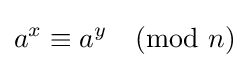
a^{x}\equiv a^{y}{\pmod {n}}